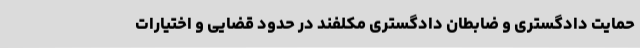
حمایت دادگستری و ضابطان دادگستری مکلفند در حدود قضایی و اختیارات